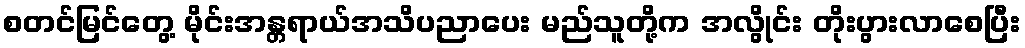
စတင်မြင်တွေ့ မိုင်းအန္တရာယ်အသိပညာပေး မည်သူတို့က အလွိုင်း တိုးပွားလာစေပြီး